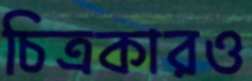
চিত্রকারও